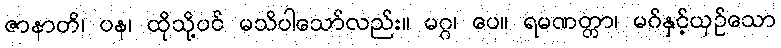
ဇာနာတိ၊ ပန၊ ထိုသို့ပင် မသိပါသော်လည်း။ မဂ္ဂ၊ ပေ။ ရမဏတ္တာ၊ မဂ်နှင့်ယှဉ်သော